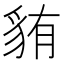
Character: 𫎋